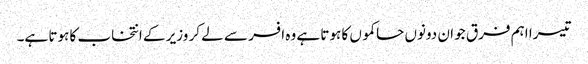
تیسرا اہم فرق جو ان دونوں حاکموں کا ہوتا ہے وہ افسر سے لے کر وزیر کے انتخاب کا ہوتا ہے۔